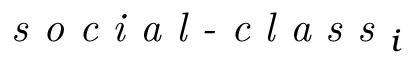
\textit { s o c i a l - c l a s s } _ { i }